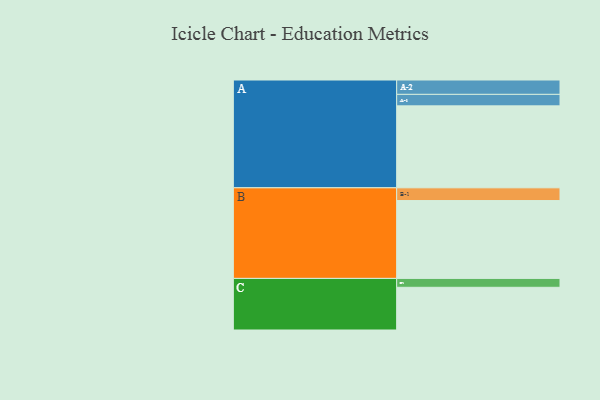
{"axis": {"x": "Segment", "y": "Value"}, "legend": ["", "A", "B", "C"], "data": [{"x": "A", "y": 599, "type": ""}, {"x": "B", "y": 569, "type": ""}, {"x": "C", "y": 312, "type": ""}, {"x": "A-1", "y": 84, "type": "A"}, {"x": "A-2", "y": 105, "type": "A"}, {"x": "B-1", "y": 93, "type": "B"}, {"x": "C-1", "y": 65, "type": "C"}]}